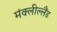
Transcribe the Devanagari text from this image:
मंक्लील्लैंड